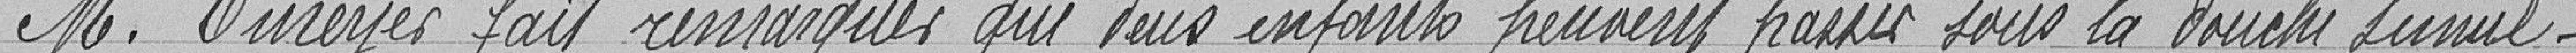
Monsieur Oureyer fait remarquer que deux enfants peuvent passer sous la douche simul-